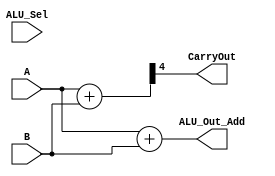
module Add(output [3:0] ALU_Out_Add,output CarryOut,input [3:0] A, input [3:0] B,input [3:0] ALU_Sel);
wire [4:0] tmp;
assign tmp = {1'b0,A} + {1'b0,B};
assign CarryOut = tmp[4]; 
assign ALU_Out_Add = A + B ;
endmodule